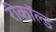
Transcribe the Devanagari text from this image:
रीकॉल्ड